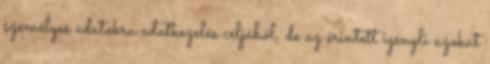
személyes adatokra adatkezelés céljából, de az érintett igényli azokat